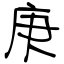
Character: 庚